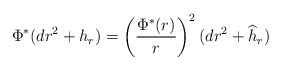
\begin{align*} \Phi^*(dr^2+h_r)=\left(\frac{\Phi^*(r)}{r}\right)^2(dr^2+\widehat{h}_r) \end{align*}